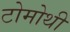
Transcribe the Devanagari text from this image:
टोमोथी